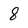
Character: 8